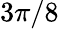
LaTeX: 3\pi/8